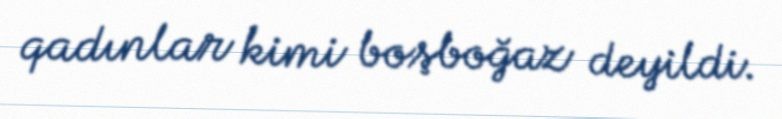
qadınlar kimi boşboğaz deyildi.